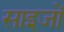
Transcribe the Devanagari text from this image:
साइजों